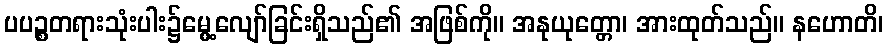
ပပဉ္စတရားသုံးပါး၌မွေ့လျော်ခြင်းရှိသည်၏ အဖြစ်ကို။ အနုယုတ္တော၊ အားထုတ်သည်။ နဟောတိ၊